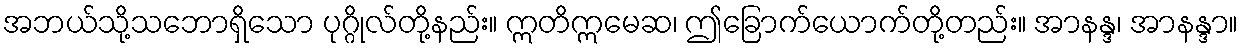
အဘယ်သို့သဘောရှိသော ပုဂ္ဂိုလ်တို့နည်း။ ဣတိဣမေဆ၊ ဤခြောက်ယောက်တို့တည်း။ အာနန္ဒ၊ အာနန္ဒာ။